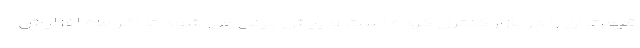
قیمت آن را در بازار کنترل کرده است و پیش بینی می شود تا آخر ماه افزایش